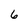
Character: 6